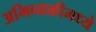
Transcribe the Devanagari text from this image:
अभिव्यक्तीमध्ये